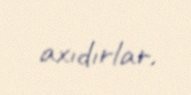
axıdırlar.